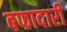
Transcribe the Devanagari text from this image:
बफादारी